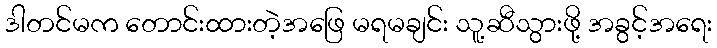
ဒါတင်မက တောင်းထားတဲ့အဖြေ မရမချင်း သူ့ဆီသွားဖို့ အခွင့်အရေး